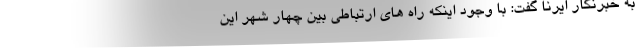
به خبرنگار ایرنا گفت: با وجود اینکه راه های ارتباطی بین چهار شهر این